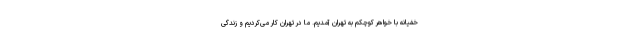
خفیانه با خواهر کوچکم به تهران آمدیم. ما در تهران کار می‌کردیم و زندگی